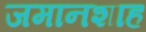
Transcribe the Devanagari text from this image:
जमानशाह